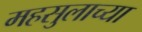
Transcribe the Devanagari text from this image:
महसुलाच्या